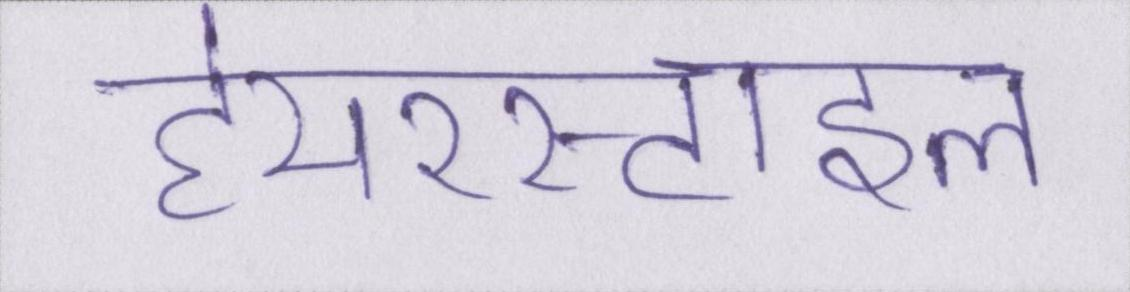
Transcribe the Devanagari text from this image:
हेयरस्टाइल